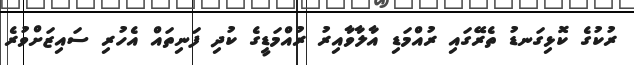
ރުކުގެ ކޮޅިގަނޑު ތެރޭގައި ރުއްމަޑި އާލާވާއިރު ރުއްމަޑީގެ ކުދި ފަނިތައް އެހުރި ސައިޒަށްވުރެ